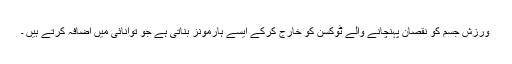
ورزش جسم کو نقصان پہنچانے والے ٹوکسن کو خارج کرکے ایسے ہارمونز بناتی ہے جو توانائی میں اضافہ کرتے ہیں ۔